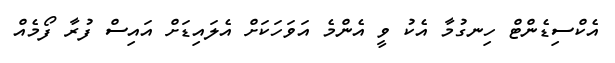
އެކްސިޑެންޓް ހިނގުމާ އެކު ވީ އެންމެ އަވަހަކަށް އެލައިޑަށް އައިސް ފުރާ ފޯމެއް